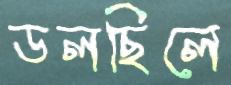
ডলছিলে